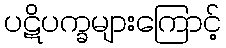
ပဋိပက္ခများကြောင့်